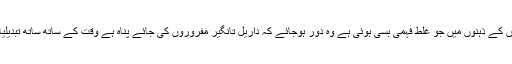
اس کا تذکرہ اس لیئے بھی ضروری تھا کہ لوگوں کے ذہنوں میں جو غلط فہمی بسی ہوئی ہے وہ دور ہوجائے کہ داریل تانگیر مفروروں کی جائے پناہ ہے وقت کے ساتھ ساتھ تبدیلیاں رونما ہو جاتی ہیں اور خرافات بھی آجاتی ہیں۔